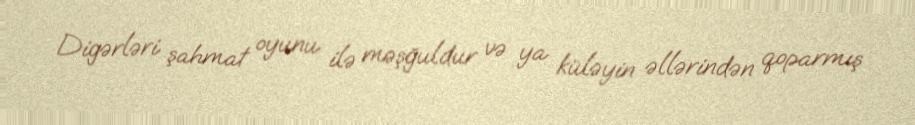
Digərləri şahmat oyunu ilə məşğuldur və ya küləyin əllərindən qoparmış